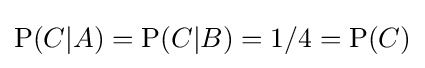
\mathrm {P} (C|A)=\mathrm {P} (C|B)=1/4=\mathrm {P} (C)